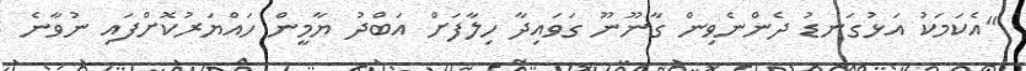
"އެކަމަކު އަޅުގަނޑު ދެންނެވިން ގާނޫނޫ ގަވައިދާ ހިލާފަށް އަބްދު ޔާމީން ހައްޔަރުކޮށްފައި ނުވާނެ